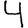
Digit: 4